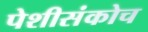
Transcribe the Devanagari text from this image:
पेशीसंकोच